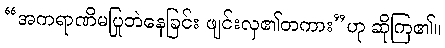
“အကရာဏိမပြုဘဲနေခြင်း ဖျင်းလှ၏တကား”ဟု ဆိုကြ၏။